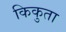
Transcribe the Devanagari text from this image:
किकुता